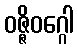
ဝဇ္ဇိဝဂ္ဂေါ